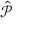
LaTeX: \hat { \mathcal { P } }